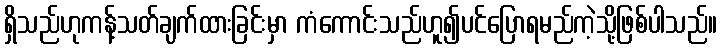
ရှိသည်ဟုကန့်သတ်ချက်ထားခြင်းမှာ ကံကောင်းသည်ဟူ၍ပင်ပြောရမည်ကဲ့သို့ဖြစ်ပါသည်။